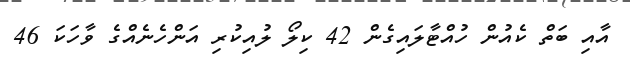
އާއި ބަތް ކެއުން ހުއްޓާލައިގެން 42 ކިލޯ ލުއިކުރި އަންހެނެއްގެ ވާހަކަ 46